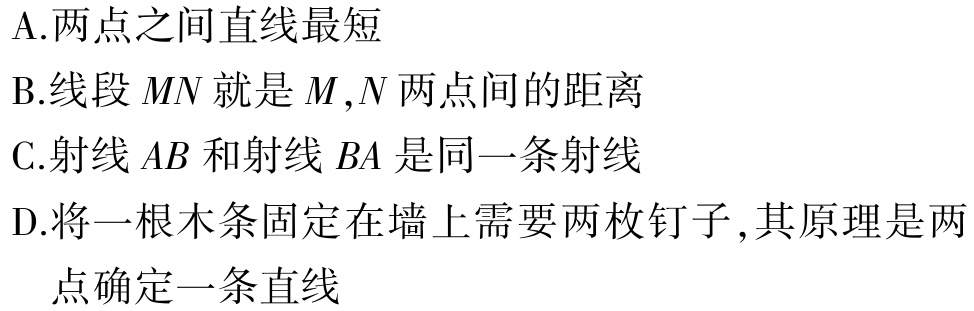
A.两点之间直线最短

B.线段$MN$就是$M,N$两点间的距离

C.射线$AB$和射线$BA$是同一条射线

D.将一根木条固定在墙上需要两枚钉子,其原理是两点确定一条直线